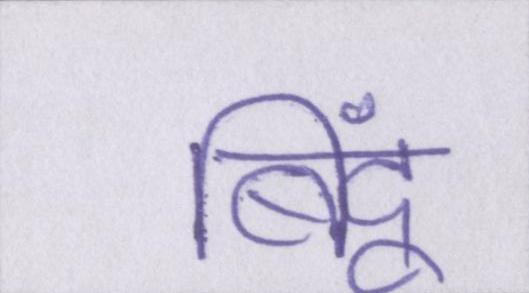
बिंदू